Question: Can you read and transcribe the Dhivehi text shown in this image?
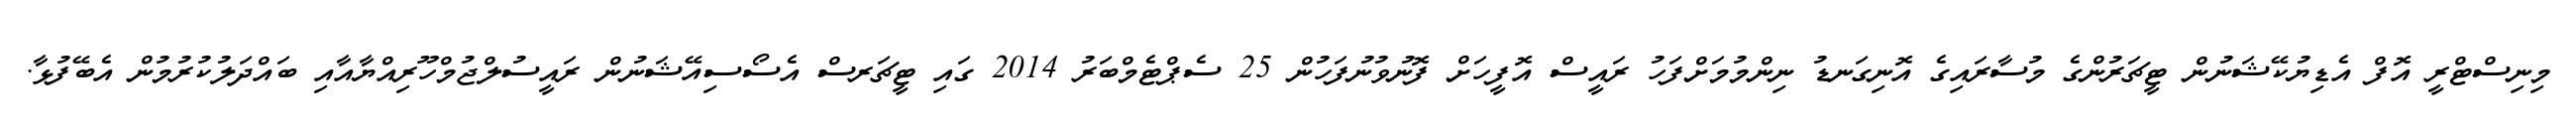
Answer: މިނިސްޓްރީ އޮފް އެޑިޔުކޭޝަނުން ޓީޗަރުންގެ މުސާރައިގެ އޮނިގަނޑު ނިންމުމަށްފަހު ރައީސް އޮފީހަށް ފޮނުވުނުފަހުން 25 ސެޕްޓެމްބަރު 2014 ގައި ޓީޗަރސް އެސޯސިއޭޝަނުން ރައީސުލްޖުމްހޫރިއްޔާއާއި ބައްދަލުކުރުމުން އެބޭފުޅާ.